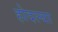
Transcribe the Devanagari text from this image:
होदल्या